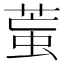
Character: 𦳶